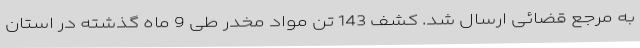
به مرجع قضائی ارسال شد. کشف 143 تن مواد مخدر طی 9 ماه گذشته در استان